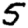
Digit: 5